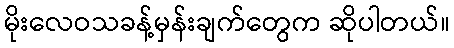
မိုးလေဝသခန့်မှန်းချက်တွေက ဆိုပါတယ်။